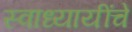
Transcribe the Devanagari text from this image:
स्वाध्यायींचे